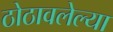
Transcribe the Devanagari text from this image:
ठोठावलेल्या